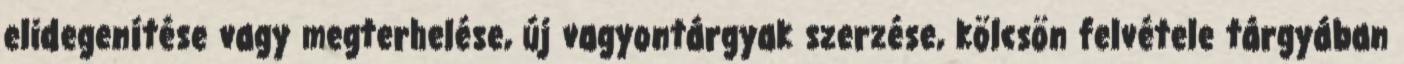
elidegenítése vagy megterhelése, új vagyontárgyak szerzése, kölcsön felvétele tárgyában